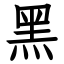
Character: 黑